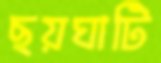
ছয়ঘাটি